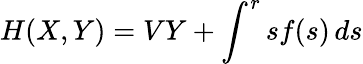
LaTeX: H(X,Y)=VY+\int^{r}sf(s)\, ds